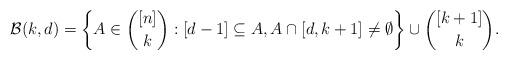
LaTeX: \begin{align*}\mathcal B(k,d)=\left\{A\in\binom{[n]}{k}:[d-1]\subseteq A, A\cap[d,k+1]\neq\emptyset\right\}\cup\binom{[k+1]}{k}.\end{align*}